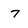
Character: 7